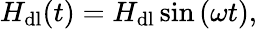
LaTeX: H_{\mathrm{dl}}(t)=H_{\mathrm{dl}}\sin{(\omega t)},